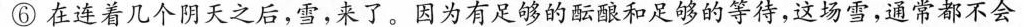
⑥在连着几个阴天之后，雪，来了。因为有足够的酝酿和足够的等待，这场雪，通常都不会